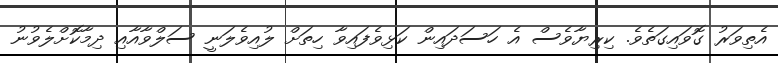
އެތިވަރު ގޮވައިގަތެވެ. ކިރިޔާވެސް އެ ހަސަދައިން ކަޅިވެފައިވާ ހިތަށް ލުއިވެލަނީ ސަލްވާއާއި ދިމާކޮށްލެވުނު